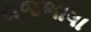
રાજભાષા